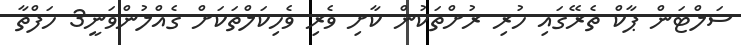
ސަލްޓަން ޕާކް ތެރޭގައި ހުރި ރުށްތަކުން ކާށި ވެރި ވެހިކަލްތަކަށް ގެއްލުންވަނީ3 ހަފްތާ